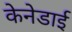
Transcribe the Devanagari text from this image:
केनेडाई